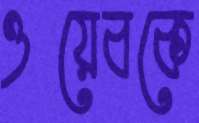
ওয়েবকে